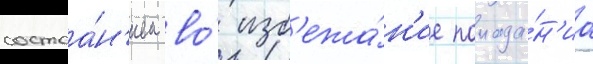
состоа́н'ием во́ изб'ежа́н'ие попада́н'иа